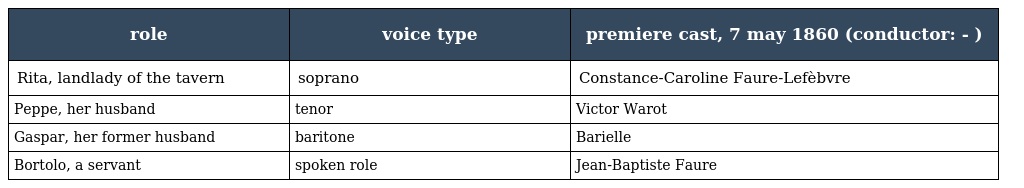
| role | voice type | premiere cast, 7 may 1860 (conductor: - ) |
 | --- | --- | --- |
 | Rita, landlady of the tavern | soprano | Constance-Caroline Faure-Lefèbvre |
 | Peppe, her husband | tenor | Victor Warot |
 | Gaspar, her former husband | baritone | Barielle |
 | Bortolo, a servant | spoken role | Jean-Baptiste Faure |